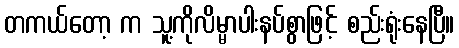
တကယ်တော့ က သူ့ကိုလိမ္မာပါးနပ်စွာဖြင့် စည်းရုံးနေပြီ။